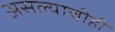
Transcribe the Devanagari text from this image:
असल्याचीही